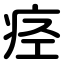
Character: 痉